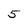
Character: 5